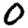
Digit: 0